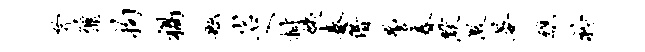
弩鼐拘祸舷岩入拊姨凑借警春默激晏醮衿